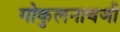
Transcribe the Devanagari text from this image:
गोकुलनाथजी